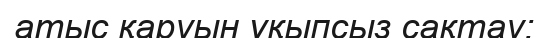
атыс қаруын ұқыпсыз сақтау;